Lock hospitals Punjab
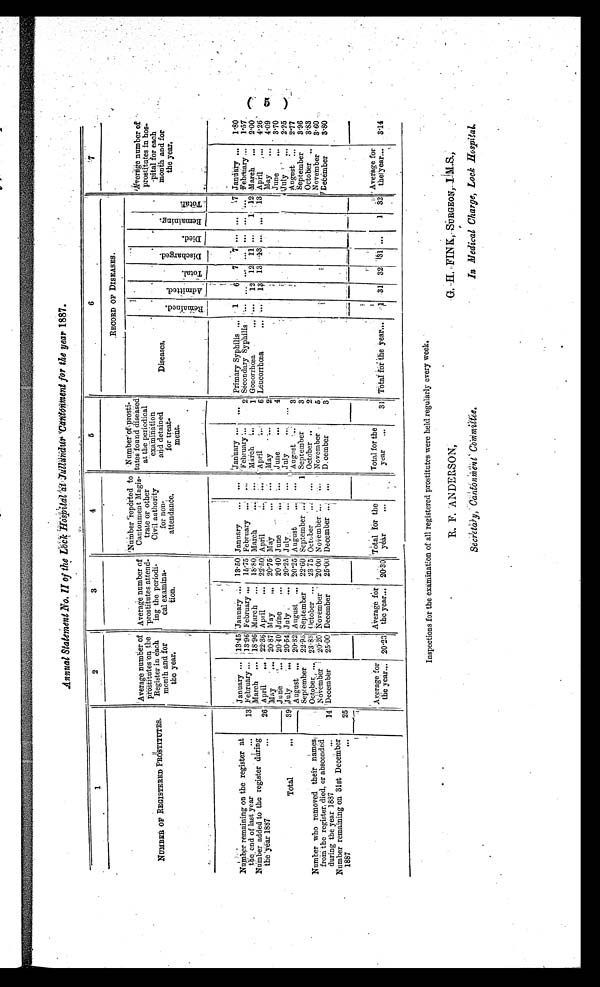
R. F. ANDERSON,
Secr et ar y, Cant onment Commi t t ee.
G. H.FINK, SURGEON, I.M.S
In Medical Charge, Lock Hospital.
Annual Statement No. II of the Lock Hospital at Jullundur Cantonmentfor the year 1887.
1
2
3
4
5
6
7
NUMBER OF REGISTERED PROSTITUTES.
Average number of
prostitutes the
Register in each
month and for
the year.
Average number of
prostitutes attend-
ing the
p e r i o d i c a l e x a m i n a -
t i o n .
Number reported to
Cantonment Magis
trate or other
Civil authority
for non
attendance.
Number of prosti-
tutes found diseased
at the periodical
examination detained
for treat-
m e n t .
RECORD OF DISEASES.
A v e r a g e n u m b e r o f
prostitutes in hos-
pital for each
month and for
the year.
Diseases.
R e m a i n e d . A d m i t t e d .
T o t a l .
D i s c h a r g e d . D i e d .
R e m a i n i n g .
T o t a l .
N u m b e r r e m a i n i n g o n t h e r e g i s t e r a t
the end of last year ...
13
January
13.45 January . . .
13.50 January ...
. . . January ... ... primary Syphilis ... 1
6
7 7 ... ...
7 January ...
1 . 8 0
February... 13.96 February ... 15.75 February
. . .
. . .
F e b r u a r y
2 Secondary Syphilis
.
. . . . . . ... ...
. . .
. . . February
1. 57
Number added to the register during
the year 1887
...
26
March ... 18.96 -March ... 18.80 March
. . .
. . . - . . .
.
M a r c h
, .
1! Gonorrhœa .
... ...... 12 12 11 ...
1 12 March . ..
2 . 0 0
April
... 22.36 April
... 22.50; April
. . .
... .
A p r i l
6 Leucorrhœa
...
. . .
1 3
1 3 13 ....
. . . 13 April ...
4 . 2 6
Total
. . .
M a y 20.87 May
.., 20.75 May
. . .
. . . May
2
May
... 4.09
June.
2 0 . 4 0 June..
2 0 . 4 0 June
...
. . . Junes
4
June
.... 3.70
39
J u l y 20.54 July
20.25 July
. . .
. . . July ...
. . .
July
2.25
August
20.32 August ... 20.25 August
. . .
... August
3
August
2 .77
Number who removed their names.
from the register, died, or absconded
during the year 1887
...
14
September 22.93 September
2 2 . 6 0 September
. . .
1 September
3
September
3.96
O c t o b e r 23.83 October ... 23.75 October
. . .
. . . October ..
2
October ... 3.83
N o v e m b e r
2 0 . 2 0
N
ovember 2 0 . 0 0 November . . .
. . . November
5
November
3.60 -
December
25.00 December
25.00 December . . .
. . . December
3
December
3.80
Number remaining on 31st December
1887
. . .
1
25
Average for
the year... 20.23
A v e r a g e
f o r t h e y e a r . . 2 0 . 3 0
Total for the
year
...
Total for the
year
. . .
31 T o t a l f o r t h e Y e a r .
1
31 32
3 1 ...
1 32
Average for
the year... 3.14
Inspections for the examination of all registered prostitutes were held regularly every week.